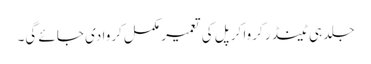
جلد ہی ٹینڈر کروا کر پل کی تعمیر مکمل کروا دی جائے گی۔